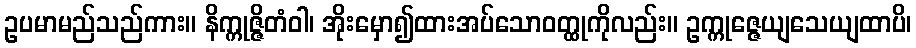
ဥပမာမည်သည်ကား။ နိက္ကုဇ္ဇိတံဝါ၊ အိုးမှော၍ထားအပ်သောဝတ္ထုကိုလည်း။ ဥက္ကုဇ္ဇေယျသေယျထာပိ၊